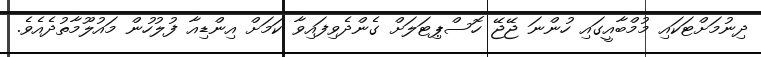
ދިނުމަށްޓަކައި މުމްބާއީގައި ހުންނަ ޖޭޖޭ ހޮސްޕިޓަލަށް ގެންދެވިފައިވާ ކަމަށް އިންޑިއާ ފުލުހުން މައުލޫމާތުދެއެވެ.